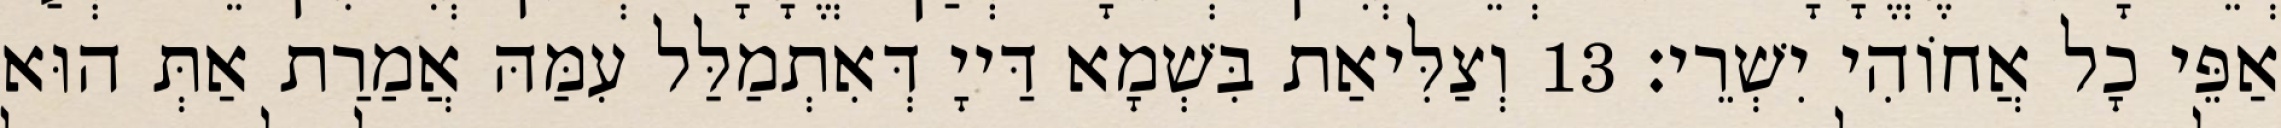
אַפֵּי כָל אֲחוֹהִי יִשְׁרֵי׃ 13 וְצַלִּיאַת בִּשְׁמָא דַּייָ דְּאִתְמַלַּל עִמַּהּ אֲמַרַת אַתְּ הוּא